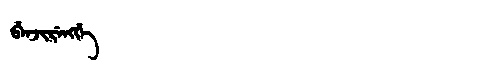
Manchu: ᠪᡝᠨᠵᡳᡵᡝᠩᡤᡝ
Romanization: BENJIRENGGE